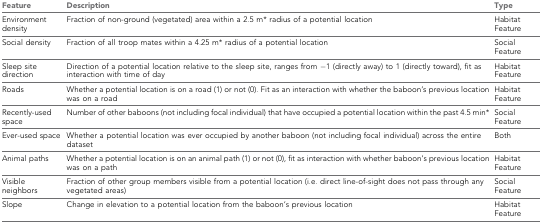
<table><thead><tr><td><b>Feature</b></td><td><b>Description</b></td><td><b>Type</b></td></tr></thead><tbody><tr><td>Environment density</td><td>Fraction of non-ground (vegetated) area within a 2.5 m* radius of a potential location</td><td>Habitat Feature</td></tr><tr><td>Social density</td><td>Fraction of all troop mates within a 4.25 m* radius of a potential location</td><td>Social Feature</td></tr><tr><td>Sleep site direction</td><td>Direction of a potential location relative to the sleep site, ranges from −1 (directly away) to 1 (directly toward), fit as interaction with time of day</td><td>Habitat Feature</td></tr><tr><td>Roads</td><td>Whether a potential location is on a road (1) or not (0). Fit as an interaction with whether the baboon’s previous location was on a road</td><td>Habitat Feature</td></tr><tr><td>Recently-used space</td><td>Number of other baboons (not including focal individual) that have occupied a potential location within the past 4.5 min*</td><td>Social Feature</td></tr><tr><td>Ever-used space</td><td>Whether a potential location was ever occupied by another baboon (not including focal individual) across the entire dataset</td><td>Both</td></tr><tr><td>Animal paths</td><td>Whether a potential location is on an animal path (1) or not (0), fit as interaction with whether baboon’s previous location was on a path</td><td>Habitat Feature</td></tr><tr><td>Visible neighbors</td><td>Fraction of other group members visible from a potential location (i.e. direct line-of-sight does not pass through any vegetated areas)</td><td>Social Feature</td></tr><tr><td>Slope</td><td>Change in elevation to a potential location from the baboon’s previous location</td><td>Habitat Feature</td></tr></tbody></table>